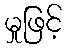
မှုဖြင့်